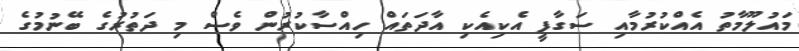
މައުލޫމާތު އެއްކުރުމާއި ސަގާފީ އެކިއެކި އާދަތައް ހިއްސާކުރުން ވެސް މި ދަތުރުގެ ބޭނުމުގެ